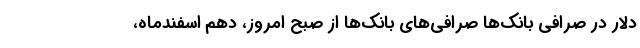
دلار در صرافی بانک‌ها صرافی‌های بانک‌ها از صبح امروز، دهم اسفندماه،